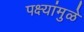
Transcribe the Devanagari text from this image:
पक्ष्यांमुळे